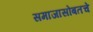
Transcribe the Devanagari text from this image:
समाजासोबतचे